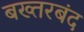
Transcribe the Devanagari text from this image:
बख्‍तरबंद